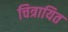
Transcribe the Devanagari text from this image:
चित्रायित